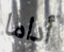
أداما